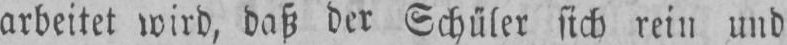
arbeitet wird, daß der Schüler sich rein und